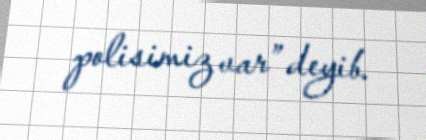
polisimiz var” deyib.